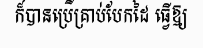
ក៏បានប្រើគ្រាប់បែកដៃ ធ្វើឱ្យ